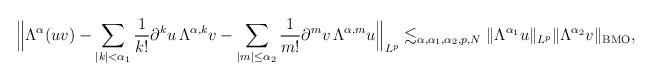
LaTeX: \begin{align*}\begin{aligned} \Big\| \Lambda^\alpha(uv)- \sum_{|k|< \alpha_1} \frac{1}{k!} \partial^k u \,\Lambda^{\alpha,k} v - \sum_{|m| \le \alpha_2}\frac{1}{m!} \partial^{m} v\, \Lambda^{\alpha,m} u \Big\|_{L^p} \lesssim_{\alpha,\alpha_1,\alpha_2,p,N} \| \Lambda^{\alpha_1} u \|_{L^p} \| \Lambda^{\alpha_2} v \|_{\operatorname{BMO}},\end{aligned}\end{align*}